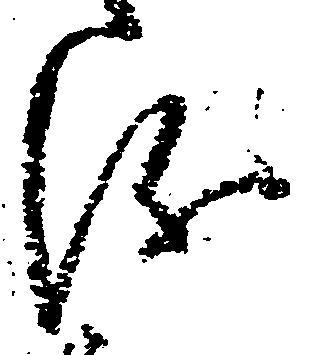
儀